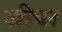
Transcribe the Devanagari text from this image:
खीचर